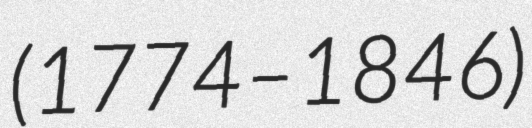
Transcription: (1774–1846)